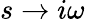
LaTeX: s\rightarrow i\omega